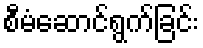
စီမံဆောင်ရွက်ခြင်း